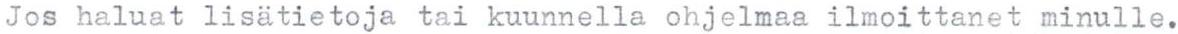
Jos haluat lisätietoja tai kuunnella ohjelmaa ilmoittanet minulle.